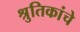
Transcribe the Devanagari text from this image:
श्रुतिकांचे